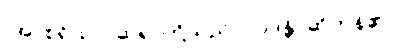
(အာစရိယာ၊ ဆရာတို့သည်။) ဝဒန္တိ၊ ဆိုကုန်၏။